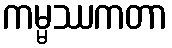
ကမ္မဿကတာ